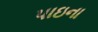
પાઇના